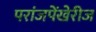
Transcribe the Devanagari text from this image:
परांजपेंखेरीज